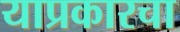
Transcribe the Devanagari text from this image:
याप्रकारचा